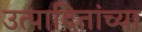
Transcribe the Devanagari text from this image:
उत्पादितांच्या